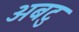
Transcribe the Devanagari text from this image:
अबटु